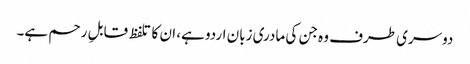
دوسری طرف وہ جن کی مادری زبان اردو ہے، ان کا تلفظ قابلِ رحم ہے۔